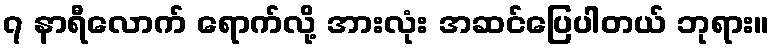
၇ နာရီလောက် ရောက်လို့ အားလုံး အဆင်ပြေပါတယ် ဘုရား။